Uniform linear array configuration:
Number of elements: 12
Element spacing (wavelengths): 0.25
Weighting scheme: exponential
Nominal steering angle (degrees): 15
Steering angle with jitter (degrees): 16.823
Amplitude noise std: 0.05
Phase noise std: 0.05

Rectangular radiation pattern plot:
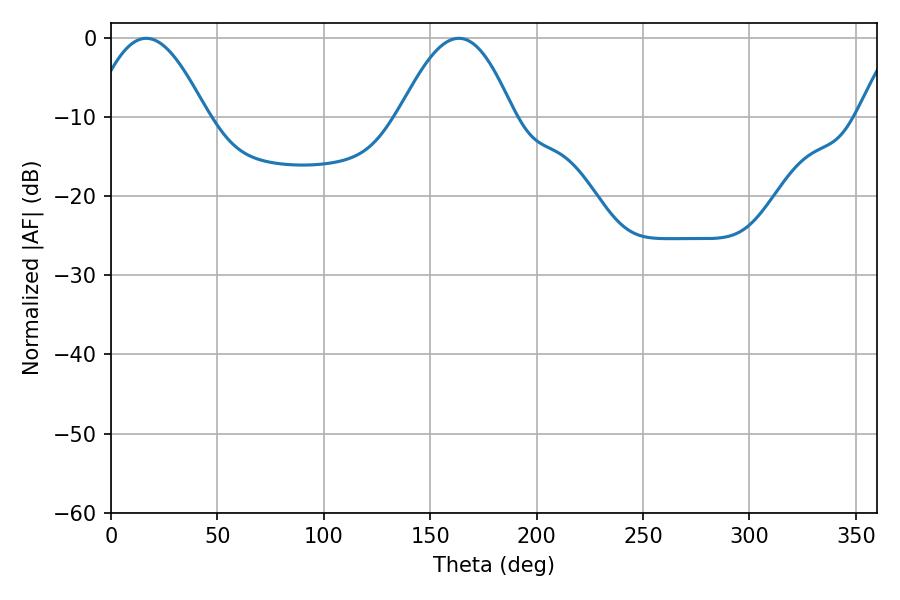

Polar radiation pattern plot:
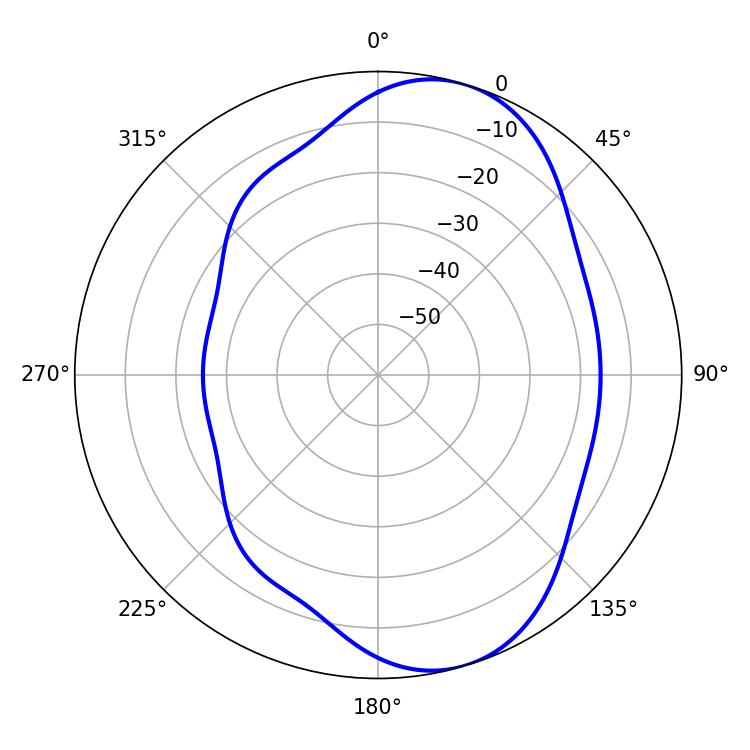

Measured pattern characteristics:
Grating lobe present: FALSE
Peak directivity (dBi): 7.676
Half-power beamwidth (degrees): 28.98
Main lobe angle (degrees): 16.56